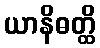
ယာနိဓတ္ထိ